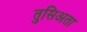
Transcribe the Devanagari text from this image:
तुसिअता